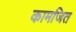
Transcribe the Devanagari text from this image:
कामजित